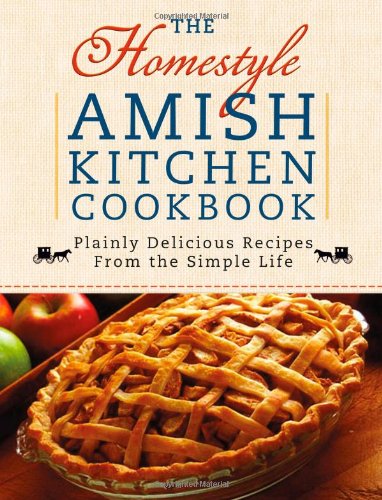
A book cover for The Homestyle Amish Kitchen Cookbook: Plainly Delicious Recipes from the Simple Life; Cookbooks, Food & Wine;